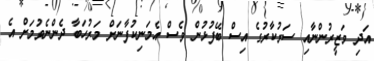
އަދި ވަޒީރުންނާއި ސަރުކާރުގެ އިސް ބޭފުޅުން ވެސް އެމަނިކުފާނަށް މަރުހަބާ ދެންނެވުމަށް އެ